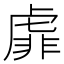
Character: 𧇁